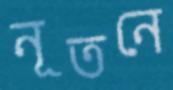
নূতনে